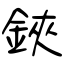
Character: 鋏